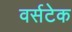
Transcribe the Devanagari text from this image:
वर्सटेक